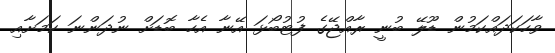
ވާހަކަދައްކަމުން ޑޫލޭ ބުނީ ރާއްޖޭގެ ފުޓުބޯޅަ އޭނާ އެހާ ބޮޑަށް ނުދަންނަ ކަމަށާއި